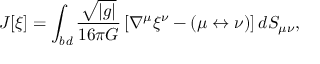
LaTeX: J [ \xi ] = \int _ { \it b d } \frac { \sqrt { \left| { g } \right| } } { 1 6 \pi G } \left[ \nabla ^ { \mu } \xi ^ { \nu } - ( \mu \leftrightarrow \nu ) \right] d S _ { \mu \nu } ,